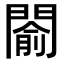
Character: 𨵦